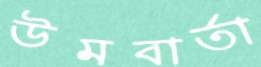
উমবার্তা